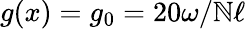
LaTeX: g(x)=g_{0}=20\omega/\mathbb{N}\ell